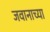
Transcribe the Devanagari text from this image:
जवानाच्या